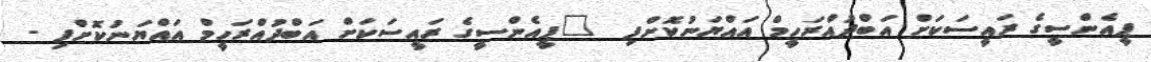
ޕީއެންސީގެ ރައީސަކަށް އަބްދުއްރަހީމް އައްޔަނުކޮށްފި  	ޕީއެންސީގެ ރައީސަކަށް އަބްދުއްރަހީމް އައްޔަނުކޮށްފި -